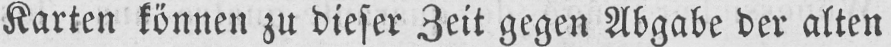
Karten können zu dieser Zeit gegen Abgabe der alten